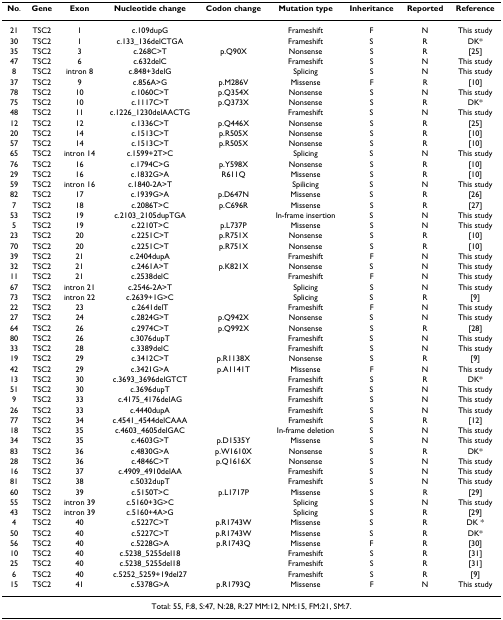
<table><thead><tr><td><b>No.</b></td><td><b>Gene</b></td><td><b>Exon</b></td><td><b>Nucleotide change</b></td><td><b>Codon change</b></td><td><b>Mutation type</b></td><td><b>Inheritance</b></td><td><b>Reported</b></td><td><b>Reference</b></td></tr></thead><tbody><tr><td>21</td><td>TSC2</td><td>1</td><td>c.109dupG</td><td></td><td>Frameshift</td><td>F</td><td>N</td><td>This study</td></tr><tr><td>30</td><td>TSC2</td><td>1</td><td>c.133_136delCTGA</td><td></td><td>Frameshift</td><td>S</td><td>R</td><td>DK*</td></tr><tr><td>35</td><td>TSC2</td><td>3</td><td>c.268C&gt;T</td><td>p.Q90X</td><td>Nonsense</td><td>S</td><td>R</td><td>[25]</td></tr><tr><td>47</td><td>TSC2</td><td>6</td><td>c.632delC</td><td></td><td>Frameshift</td><td>S</td><td>N</td><td>This study</td></tr><tr><td>8</td><td>TSC2</td><td>intron 8</td><td>c.848+3delG</td><td></td><td>Splicing</td><td>S</td><td>N</td><td>This study</td></tr><tr><td>37</td><td>TSC2</td><td>9</td><td>c.856A&gt;G</td><td>p.M286V</td><td>Missense</td><td>F</td><td>R</td><td>[10]</td></tr><tr><td>78</td><td>TSC2</td><td>10</td><td>c.1060C&gt;T</td><td>p.Q354X</td><td>Nonsense</td><td>S</td><td>N</td><td>This study</td></tr><tr><td>75</td><td>TSC2</td><td>10</td><td>c.1117C&gt;T</td><td>p.Q373X</td><td>Nonsense</td><td>S</td><td>R</td><td>DK*</td></tr><tr><td>48</td><td>TSC2</td><td>11</td><td>c.1226_1230delAACTG</td><td></td><td>Frameshift</td><td>S</td><td>N</td><td>This study</td></tr><tr><td>12</td><td>TSC2</td><td>12</td><td>c.1336C&gt;T</td><td>p.Q446X</td><td>Nonsense</td><td>S</td><td>R</td><td>[25]</td></tr><tr><td>20</td><td>TSC2</td><td>14</td><td>c.1513C&gt;T</td><td>p.R505X</td><td>Nonsense</td><td>S</td><td>R</td><td>[10]</td></tr><tr><td>57</td><td>TSC2</td><td>14</td><td>c.1513C&gt;T</td><td>p.R505X</td><td>Nonsense</td><td>S</td><td>R</td><td>[10]</td></tr><tr><td>65</td><td>TSC2</td><td>intron 14</td><td>c.1599+2T&gt;C</td><td></td><td>Splicing</td><td>S</td><td>N</td><td>This study</td></tr><tr><td>76</td><td>TSC2</td><td>16</td><td>c.1794C&gt;G</td><td>p.Y598X</td><td>Nonsense</td><td>S</td><td>R</td><td>[10]</td></tr><tr><td>29</td><td>TSC2</td><td>16</td><td>c.1832G&gt;A</td><td>R611Q</td><td>Missense</td><td>S</td><td>R</td><td>[10]</td></tr><tr><td>59</td><td>TSC2</td><td>intron 16</td><td>c.1840-2A&gt;T</td><td></td><td>Spilicing</td><td>S</td><td>N</td><td>This study</td></tr><tr><td>82</td><td>TSC2</td><td>17</td><td>c.1939G&gt;A</td><td>p.D647N</td><td>Missense</td><td>S</td><td>R</td><td>[26]</td></tr><tr><td>7</td><td>TSC2</td><td>18</td><td>c.2086T&gt;C</td><td>p.C696R</td><td>Missense</td><td>S</td><td>R</td><td>[27]</td></tr><tr><td>53</td><td>TSC2</td><td>19</td><td>c.2103_2105dupTGA</td><td></td><td>In-frame insertion</td><td>S</td><td>N</td><td>This study</td></tr><tr><td>5</td><td>TSC2</td><td>19</td><td>c.2210T&gt;C</td><td>p.L737P</td><td>Missense</td><td>S</td><td>N</td><td>This study</td></tr><tr><td>23</td><td>TSC2</td><td>20</td><td>c.2251C&gt;T</td><td>p.R751X</td><td>Nonsense</td><td>S</td><td>R</td><td>[10]</td></tr><tr><td>70</td><td>TSC2</td><td>20</td><td>c.2251C&gt;T</td><td>p.R751X</td><td>Nonsense</td><td>S</td><td>R</td><td>[10]</td></tr><tr><td>39</td><td>TSC2</td><td>21</td><td>c.2404dupA</td><td></td><td>Frameshift</td><td>F</td><td>N</td><td>This study</td></tr><tr><td>32</td><td>TSC2</td><td>21</td><td>c.2461A&gt;T</td><td>p.K821X</td><td>Nonsense</td><td>S</td><td>N</td><td>This study</td></tr><tr><td>11</td><td>TSC2</td><td>21</td><td>c.2538delC</td><td></td><td>Frameshift</td><td>F</td><td>N</td><td>This study</td></tr><tr><td>67</td><td>TSC2</td><td>intron 21</td><td>c.2546-2A&gt;T</td><td></td><td>Splicing</td><td>S</td><td>N</td><td>This study</td></tr><tr><td>73</td><td>TSC2</td><td>intron 22</td><td>c.2639+1G&gt;C</td><td></td><td>Splicing</td><td>S</td><td>R</td><td>[9]</td></tr><tr><td>22</td><td>TSC2</td><td>23</td><td>c.2641delT</td><td></td><td>Frameshift</td><td>F</td><td>N</td><td>This study</td></tr><tr><td>27</td><td>TSC2</td><td>24</td><td>c.2824G&gt;T</td><td>p.Q942X</td><td>Nonsense</td><td>S</td><td>N</td><td>This study</td></tr><tr><td>64</td><td>TSC2</td><td>26</td><td>c.2974C&gt;T</td><td>p.Q992X</td><td>Nonsense</td><td>S</td><td>R</td><td>[28]</td></tr><tr><td>80</td><td>TSC2</td><td>26</td><td>c.3076dupT</td><td></td><td>Frameshift</td><td>S</td><td>N</td><td>This study</td></tr><tr><td>33</td><td>TSC2</td><td>28</td><td>c.3389delC</td><td></td><td>Frameshift</td><td>S</td><td>N</td><td>This study</td></tr><tr><td>19</td><td>TSC2</td><td>29</td><td>c.3412C&gt;T</td><td>p.R1138X</td><td>Nonsense</td><td>S</td><td>R</td><td>[9]</td></tr><tr><td>42</td><td>TSC2</td><td>29</td><td>c.3421G&gt;A</td><td>p.A1141T</td><td>Missense</td><td>F</td><td>N</td><td>This study</td></tr><tr><td>13</td><td>TSC2</td><td>30</td><td>c.3693_3696delGTCT</td><td></td><td>Frameshift</td><td>S</td><td>R</td><td>DK*</td></tr><tr><td>51</td><td>TSC2</td><td>30</td><td>c.3696dupT</td><td></td><td>Frameshift</td><td>S</td><td>N</td><td>This study</td></tr><tr><td>9</td><td>TSC2</td><td>33</td><td>c.4175_4176delAG</td><td></td><td>Frameshift</td><td>S</td><td>N</td><td>This study</td></tr><tr><td>26</td><td>TSC2</td><td>33</td><td>c.4440dupA</td><td></td><td>Frameshift</td><td>S</td><td>N</td><td>This study</td></tr><tr><td>77</td><td>TSC2</td><td>34</td><td>c.4541_4544delCAAA</td><td></td><td>Frameshift</td><td>S</td><td>R</td><td>[12]</td></tr><tr><td>18</td><td>TSC2</td><td>35</td><td>c.4603_4605delGAC</td><td></td><td>In-frame deletion</td><td>S</td><td>N</td><td>This study</td></tr><tr><td>34</td><td>TSC2</td><td>35</td><td>c.4603G&gt;T</td><td>p.D1535Y</td><td>Missense</td><td>S</td><td>N</td><td>This study</td></tr><tr><td>83</td><td>TSC2</td><td>36</td><td>c.4830G&gt;A</td><td>p.W1610X</td><td>Nonsense</td><td>S</td><td>R</td><td>DK*</td></tr><tr><td>28</td><td>TSC2</td><td>36</td><td>c.4846C&gt;T</td><td>p.Q1616X</td><td>Nonsense</td><td>S</td><td>N</td><td>This study</td></tr><tr><td>16</td><td>TSC2</td><td>37</td><td>c.4909_4910delAA</td><td></td><td>Frameshift</td><td>S</td><td>N</td><td>This study</td></tr><tr><td>81</td><td>TSC2</td><td>38</td><td>c.5032dupT</td><td></td><td>Frameshift</td><td>S</td><td>N</td><td>This study</td></tr><tr><td>60</td><td>TSC2</td><td>39</td><td>c.5150T&gt;C</td><td>p.L1717P</td><td>Missense</td><td>S</td><td>R</td><td>[29]</td></tr><tr><td>55</td><td>TSC2</td><td>intron 39</td><td>c.5160+3G&gt;C</td><td></td><td>Splicing</td><td>S</td><td>N</td><td>This study</td></tr><tr><td>43</td><td>TSC2</td><td>intron 39</td><td>c.5160+4A&gt;G</td><td></td><td>Splicing</td><td>S</td><td>R</td><td>[29]</td></tr><tr><td>4</td><td>TSC2</td><td>40</td><td>c.5227C&gt;T</td><td>p.R1743W</td><td>Missense</td><td>S</td><td>R</td><td>DK *</td></tr><tr><td>50</td><td>TSC2</td><td>40</td><td>c.5227C&gt;T</td><td>p.R1743W</td><td>Missense</td><td>S</td><td>R</td><td>DK*</td></tr><tr><td>56</td><td>TSC2</td><td>40</td><td>c.5228G&gt;A</td><td>p.R1743Q</td><td>Missense</td><td>F</td><td>R</td><td>[30]</td></tr><tr><td>10</td><td>TSC2</td><td>40</td><td>c.5238_5255del18</td><td></td><td>Frameshift</td><td>S</td><td>R</td><td>[31]</td></tr><tr><td>25</td><td>TSC2</td><td>40</td><td>c.5238_5255del18</td><td></td><td>Frameshift</td><td>S</td><td>R</td><td>[31]</td></tr><tr><td>6</td><td>TSC2</td><td>40</td><td>c.5252_5259+19del27</td><td></td><td>Frameshift</td><td>S</td><td>R</td><td>[9]</td></tr><tr><td>15</td><td>TSC2</td><td>41</td><td>c.5378G&gt;A</td><td>p.R1793Q</td><td>Missense</td><td>F</td><td>N</td><td>This study</td></tr><tr><td colspan="9">Total: 55, F:8, S:47, N:28, R:27 MM:12, NM:15, FM:21, SM:7.</td></tr></tbody></table>